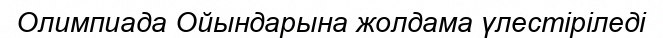
Олимпиада Ойындарына жолдама үлестіріледі